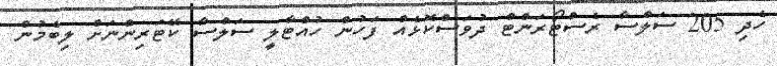
ހެދި 205 ސަލްސާ ރެސްޓޯރަންޓް ދުވަސްކޮޅެއް ފަހުން ހުއްޓާލީ ސަލްސާ ކޭޓަރިންނަށް ލިބެމުން